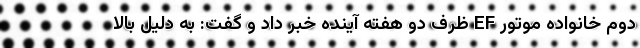
دوم خانواده موتور EF ظرف دو هفته آینده خبر داد و گفت: به دلیل بالا